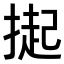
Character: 𭡳